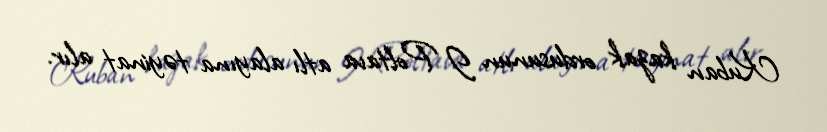
Kuban kazak ordusunun I Poltava atlı alayına təyinat alır.